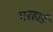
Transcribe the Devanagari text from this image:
गरहार्ड